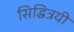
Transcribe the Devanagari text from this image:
सिद्धित्रयी